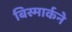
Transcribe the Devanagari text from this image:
बिस्मार्कने